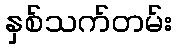
နှစ်သက်တမ်း